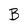
Character: B